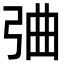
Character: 𢏣